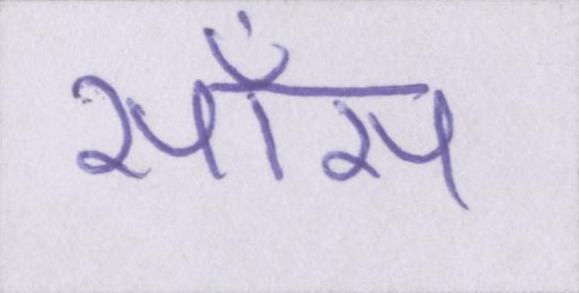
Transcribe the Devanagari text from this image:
साँस